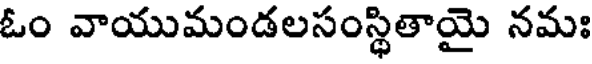
ఓం వాయుమండలసంస్థితాయై నమః